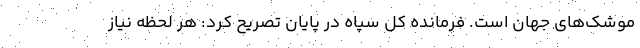
موشک‌های جهان است. فرمانده کل سپاه در پایان تصریح کرد: هر لحظه نیاز